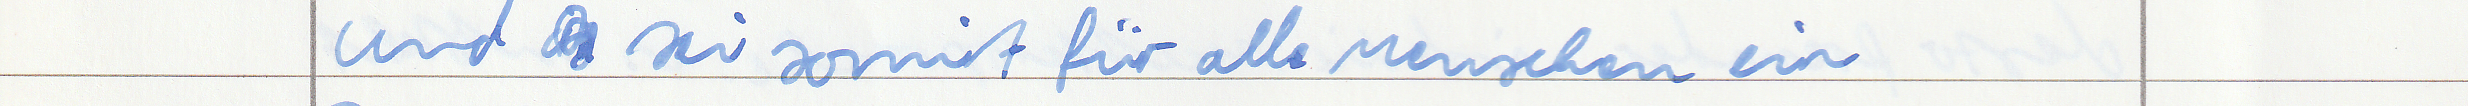
und sei somit für alle Menschen ein